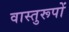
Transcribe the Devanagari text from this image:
वास्तुरूपों